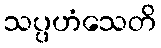
သပ္ပဟံသေတိ